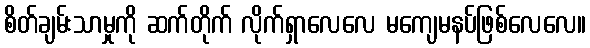
စိတ်ချမ်းသာမှုကို ဆက်တိုက် လိုက်ရှာလေလေ မကျေမနပ်ဖြစ်လေလေ။